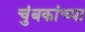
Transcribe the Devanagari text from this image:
चुंबकांच्या